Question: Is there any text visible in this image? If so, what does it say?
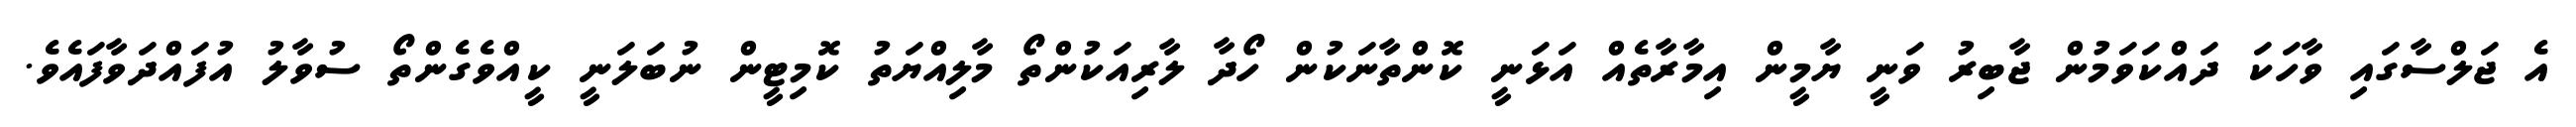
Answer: އެ ޖަލްސާގައި ވާހަކަ ދައްކަވަމުން ޖާބިރު ވަނީ ޔާމީން އިމާރާތެއް އަޅަނީ ކޮންތާނަކުން ހޯދާ ލާރިއަކުންތޯ މާލިއްޔަތު ކޮމިޓީން ނުބަލަނީ ކީއްވެގެންތޯ ސުވާލު އުފައްދަވާފައެވެ.